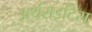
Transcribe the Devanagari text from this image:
अर्थराइटिस